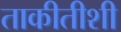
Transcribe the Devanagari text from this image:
ताकीतीशी